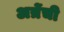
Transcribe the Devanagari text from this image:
अत्रेंची